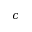
c